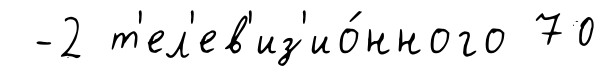
-2 т'ел'ев'из'ио́нного 70